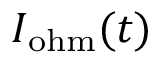
I _ { \mathrm { o h m } } ( t )